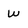
Character: w